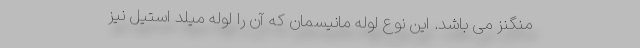
منگنز می باشد. این نوع لوله مانیسمان که آن را لوله میلد استیل نیز